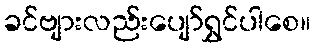
ခင်ဗျားလည်းပျော်ရွှင်ပါစေ။